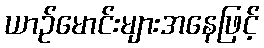
ယာဉ်မောင်းများအနေဖြင့်